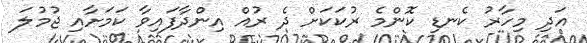
އަދި މިހާރު ކެނޑި ކޮންމެ ރުކަކަށް ދެ ރުއް އިންދާފައިވާ ކަމަށާއި ޖުމުލަ